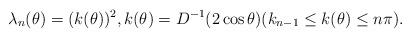
LaTeX: \begin{align*}\lambda_n(\theta) =(k(\theta))^2,k(\theta)=D^{-1}(2\cos\theta)(k_{n-1}\leq k(\theta) \leq n\pi).\end{align*}